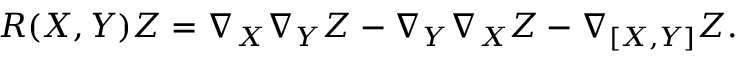
R ( X , Y ) Z = \nabla _ { X } \nabla _ { Y } Z - \nabla _ { Y } \nabla _ { X } Z - \nabla _ { [ X , Y ] } Z .